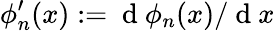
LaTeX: \phi_{n}^{\prime}(x):=\mathrm{~d~}\phi_{n}(x)/\mathrm{~d~}x